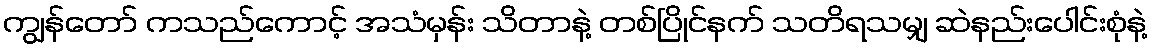
ကျွန်တော် ကသည်ကောင့် အသံမှန်း သိတာနဲ့ တစ်ပြိုင်နက် သတိရသမျှ ဆဲနည်းပေါင်းစုံနဲ့